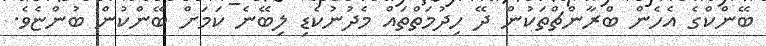
ބޭންކްގެ އެހެން ބްރާންޗްތަކުން ދޭ ހިދުމަތްތައް މެދުނުކެޑި ލިބޭނެ ކަމަށް ބޭންކުން ބުންޏެވެ.